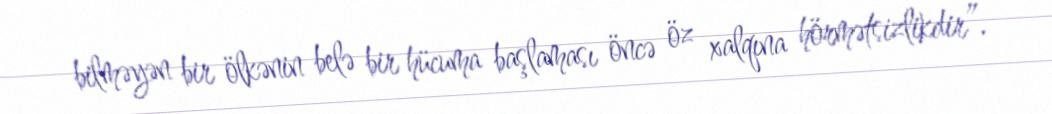
bilməyən bir ölkənin belə bir hücuma başlaması öncə öz xalqına hörmətsizlikdir”.